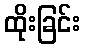
ထိုးခြင်း